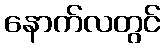
နောက်လတွင်